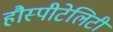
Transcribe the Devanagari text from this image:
हौस्पीटेलिटी